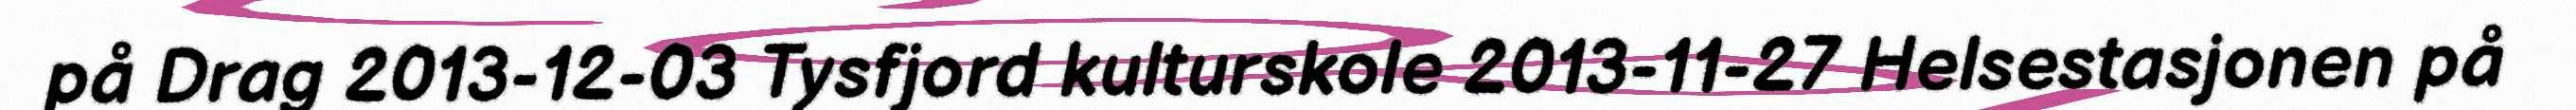
på Drag 2013-12-03 Tysfjord kulturskole 2013-11-27 Helsestasjonen på